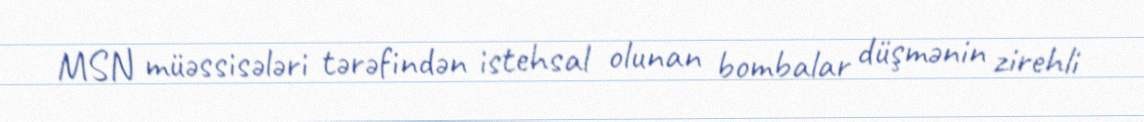
MSN müəssisələri tərəfindən istehsal olunan bombalar düşmənin zirehli